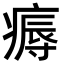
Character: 𤹘